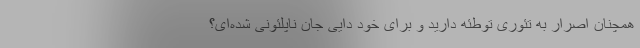
همچنان اصرار به تئوری توطئه دارید و برای خود دایی جان ناپلئونی شده‌ای؟